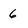
Character: 6